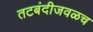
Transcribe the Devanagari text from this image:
तटबंदीजवळच